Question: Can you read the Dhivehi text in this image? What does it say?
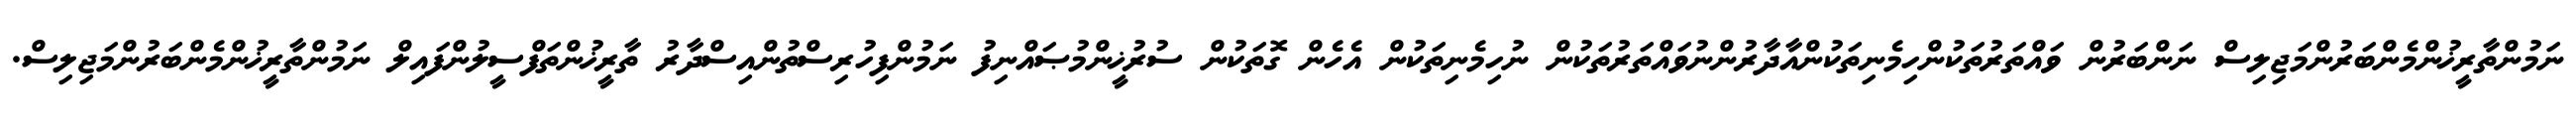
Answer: ނަމުންތާރީޚުންމެންބަރުންމަޖިލިސް ނަންބަރުން ވައްތަރުތަކުންހިމެނިތަކުންއާދާރުންނުވައްތަރުތަކުން ނުހިމެނިތަކުން އެހެން ގޮތަކުން ސުރުޚީންމުޞައްނިފު ނަމުންފިހުރިސްތުންއިސްދާރު ތާރީޚުންތަފްސީލުންފައިލް ނަމުންތާރީޚުންމެންބަރުންމަޖިލިސް.